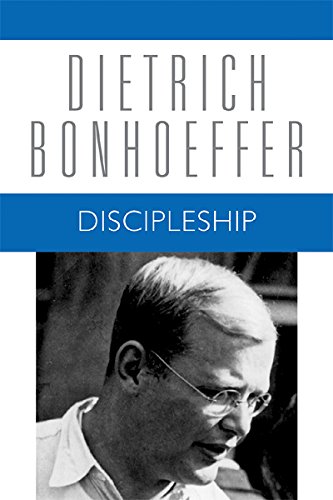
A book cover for Discipleship (Dietrich Bonhoeffer Works, Vol. 4); Dietrich Bonhoeffer; Christian Books & Bibles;